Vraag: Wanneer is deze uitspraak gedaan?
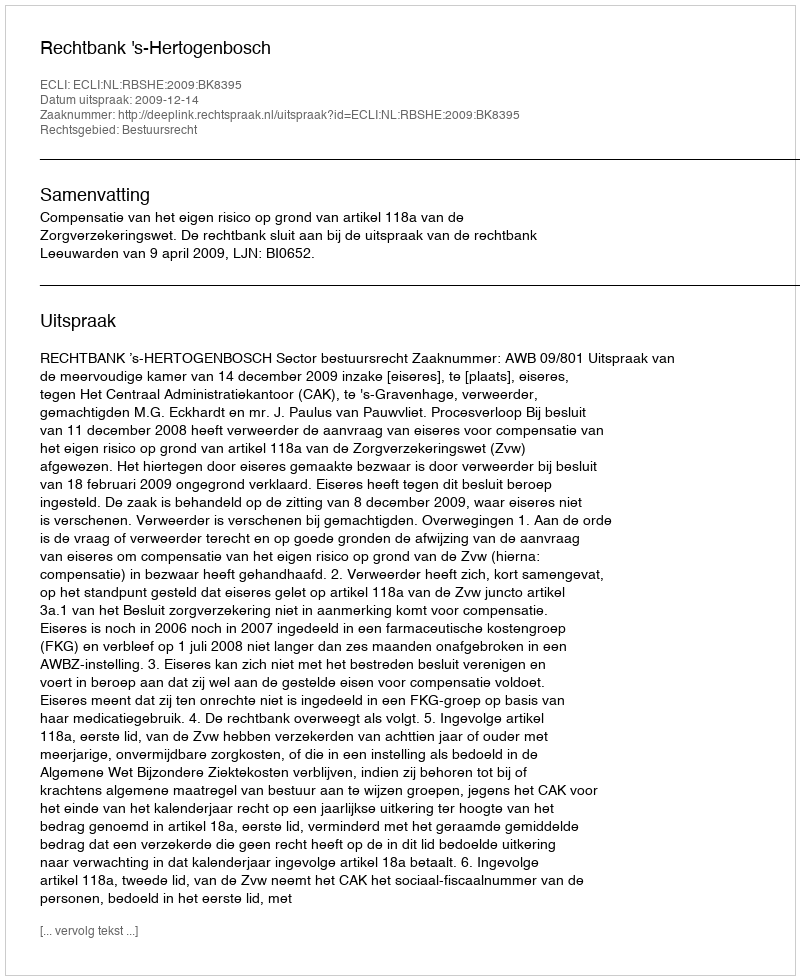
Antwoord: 2009-12-14